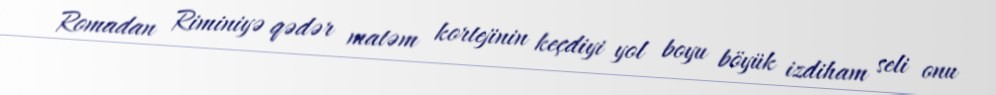
Romadan Riminiyə qədər matəm kortejinin keçdiyi yol boyu böyük izdiham seli onu